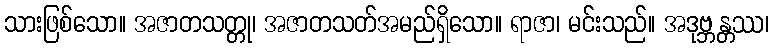
သားဖြစ်သော။ အဇာတသတ္တု၊ အဇာတသတ်အမည်ရှိသော။ ရာဇာ၊ မင်းသည်။ အဒုဗ္ဘန္တဿ၊